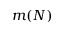
m ( N )